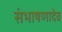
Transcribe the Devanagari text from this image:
संभाषणादेव